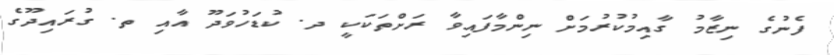
ފެނުގެ ނިޒާމު ގާއިމުކުރުމަށް ނިންމާފައިވާ ރަށްތަކަކީ ދ. ކުޑަހުވަދޫ އާއި ތ. ގުރައިދޫގެ